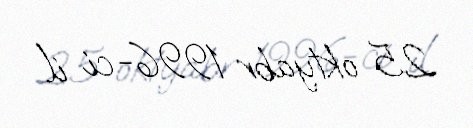
25 oktyabr 1996-ci il